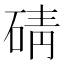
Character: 碃